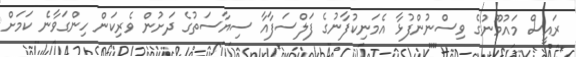
ރައީސް މައުމޫނުގެ ވިސްނުންފުޅާ އެމަނިކުފާނުގެ ފަލްސަފާއާ ސިޔާސަތުގެ ދަށުން ވެރިކަން ހިންގަވާނެ ކަމަށް